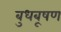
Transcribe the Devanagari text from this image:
बुधबूषण